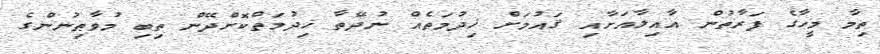
ތިމާ މީހާގެ ފަރާތުން އާއިލާއަށާއި ޤައުމަށް ޚިދުމަތެއް ނުދޭތާ ޚިދުމަތްކޮށްދޭން ތިބި މުވާޠިނުންގެ